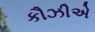
કૌઝીએ